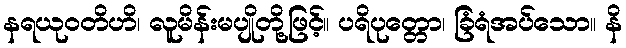
နရယုဝတိဟိ၊ လူမိန်းမပျိုတို့ဖြင့်။ ပရိပုတ္တော၊ ခြံရံအပ်သော။ နိ